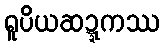
ရူပိယဆဍ္ဍကဿ